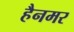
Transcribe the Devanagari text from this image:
हैनमर